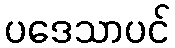
ပဒေသာပင်